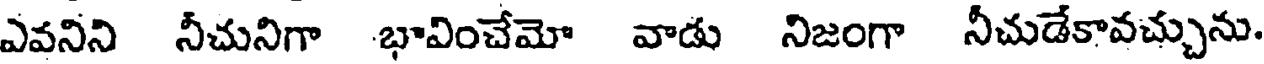
ఎవనిని నీచునిగా భావించేమో వాడు నిజంగా నీచుడేకావచ్చును